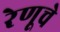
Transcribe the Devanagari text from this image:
रेणूचे